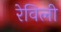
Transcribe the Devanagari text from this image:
रेविली